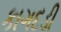
કાગદડી